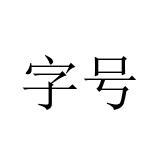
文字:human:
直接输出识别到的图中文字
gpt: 字号